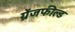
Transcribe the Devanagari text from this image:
ग्रेंजफील्ड